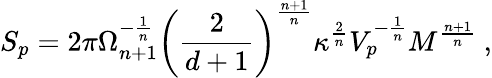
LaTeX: S_{p}=2\pi\Omega_{n+1}^{-\frac{1}{n}}\left(\frac{2}{d+1}\right)^{\frac{n+1}{n}}\kappa^{\frac{2}{n}}V_{p}^{-\frac{1}{n}}M^{\frac{n+1}{n}}~,